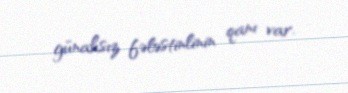
günahsız fələstinlinin qanı var.